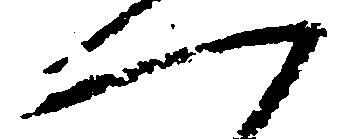
一